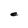
Character: e